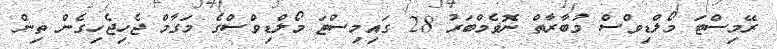
ރޭމިސްޓަ މޯލްޑިވްސް މުބާރާތް ނޮވެމްބަރު 28 ގައިމިސްޓަ މޯލްޑިވްސްގެ މަގާމް ޖެހިޖެހިގެން ތިން